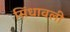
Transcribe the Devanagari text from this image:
सिंधावली